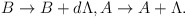
\begin{align*}B\rightarrow B+d\Lambda ,A\rightarrow A+\Lambda .\end{align*}